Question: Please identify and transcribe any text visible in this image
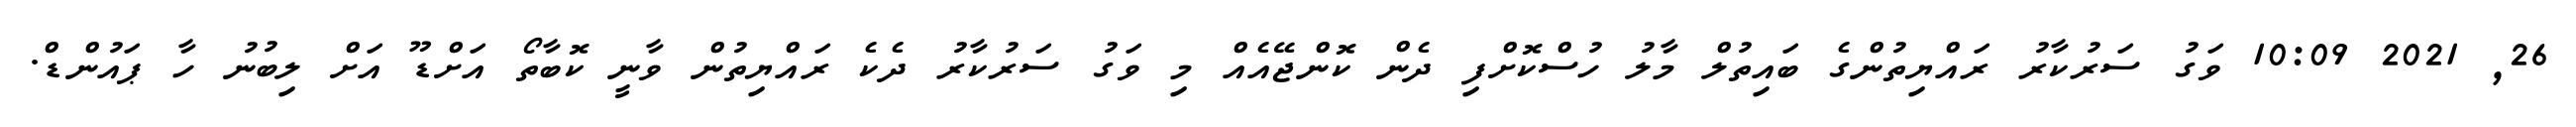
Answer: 26, 2021 10:09 ވަގު ސަރުކާރު ރައްޔިތުންގެ ބައިތުލް މާލު ހުސްކޮށްފި ދެން ކޮންޖޭއެއް މި ވަގު ސަރުކާރު ދެކެ ރައްޔިތުން ވާނީ ކޮބާތޯ އަށްޑޫ އަށް ލިބުނު ހާ ޕައުންޑް.